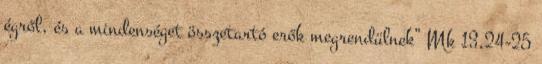
égről, és a mindenséget összetartó erők megrendülnek” Mk 13,24-25